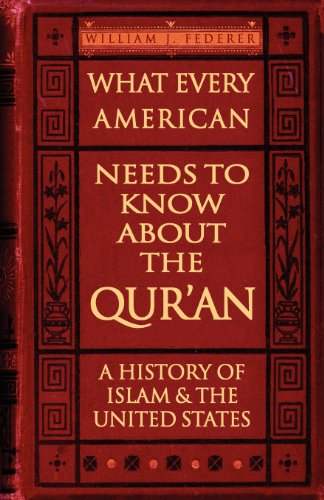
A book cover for What Every American Needs to Know about the Qur'an: A History of Islam & the United States; William J. Federer; Religion & Spirituality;